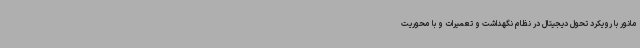
مانور با رویکرد تحول دیجیتال در نظام نگهداشت و تعمیرات و با محوریت